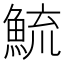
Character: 鯍